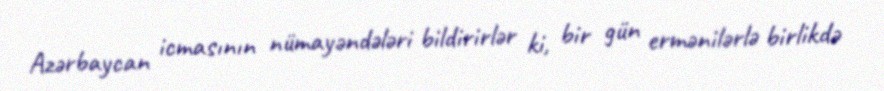
Azərbaycan icmasının nümayəndələri bildirirlər ki, bir gün ermənilərlə birlikdə